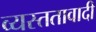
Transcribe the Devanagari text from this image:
व्यस्ततावादी